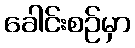
ခေါင်းစဉ်မှာ